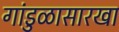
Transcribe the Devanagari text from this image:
गांडुळासारखा